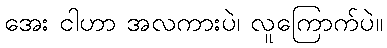
အေး ငါဟာ အလကားပဲ၊ လူကြောက်ပဲ။